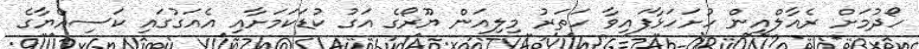
ހޯދުމަށް ރެއާލްއިން ހުށަހަޅާފައިވާ ހަތަރު މިލިއަން ޔޫރޯގެ އަގު ކުޑަކަމަށާއި އެއަގުގައި ކަސިއްޔާގެ